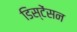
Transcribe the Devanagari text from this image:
डिस्टेंसन